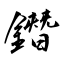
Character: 鐕